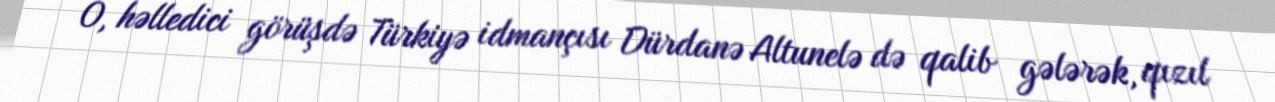
O, həlledici görüşdə Türkiyə idmançısı Dürdanə Altunelə də qalib gələrək, qızıl